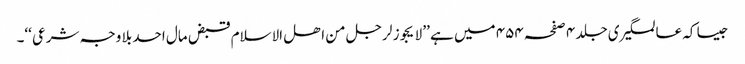
جیسا کہ عالمگیری جلد ۴ صفحہ ۴۵۴ میں ہے ’’ لا یجوز لرجل من اھل الاسلام قبض مال احد بلا وجہ شرعی ‘‘۔